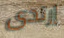
إرتدى